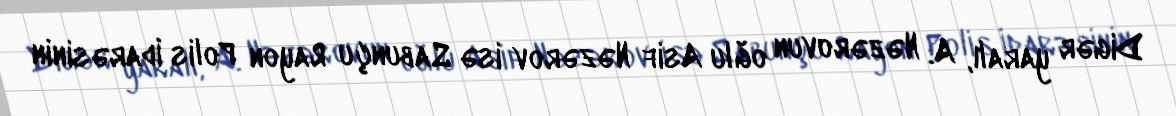
Digər yaralı, A. Nəzərovun oğlu Asif Nəzərov isə Sabunçu Rayon Polis İdarəsinin